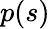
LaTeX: p(s)